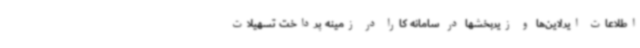
اطلاعات ایرلاین‌ها و زیربخشها در سامانه کارا در زمینه پرداخت تسهیلات